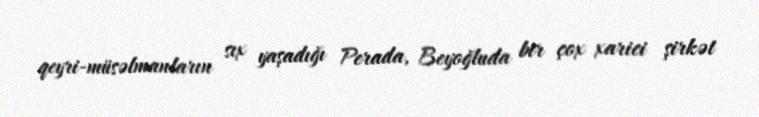
qeyri-müsəlmanların sıx yaşadığı Perada, Beyoğluda bir çox xarici şirkət